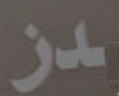
در